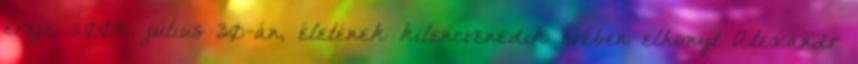
ereje 2008. július 30-án, életének kilencvenedik évében elhunyt Alexandr